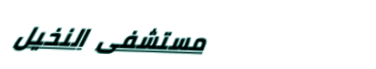
مستشفى النخيل